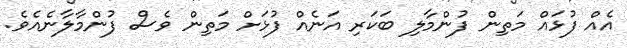
އެއް ފުޅައް މަތިން ފުންމާލި ބަކަރި އަނެއް ފުޅަށް މަތިން ވެސް ފުންމާލާނެއެވެ.